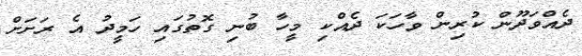
ދެއްވަދޫން ކުރިން ވާހަކަ ދެއްކި މީހާ ބުނި ގޮތުގައި ހަމީދު އެ ރަށަށް